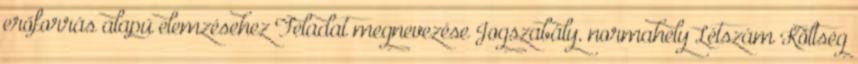
erőforrás alapú elemzésehez Feladat megnevezése Jogszabály, normahely Létszám Költség